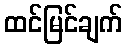
ထင်မြင်ချက်